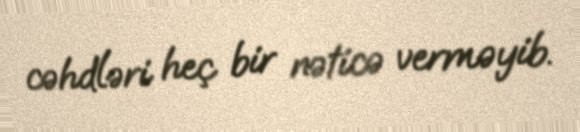
cəhdləri heç bir nəticə verməyib.